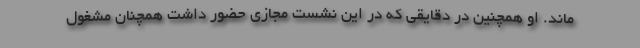
ماند. او همچنین در دقایقی که در این نشست مجازی حضور داشت همچنان مشغول